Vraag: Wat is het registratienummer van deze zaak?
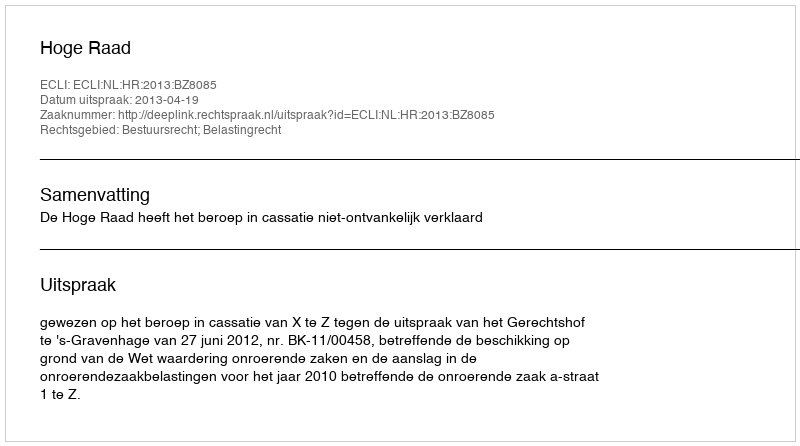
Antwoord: http://deeplink.rechtspraak.nl/uitspraak?id=ECLI:NL:HR:2013:BZ8085